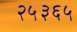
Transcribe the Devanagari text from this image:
२५३६५